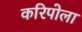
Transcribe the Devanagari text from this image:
करिपोला